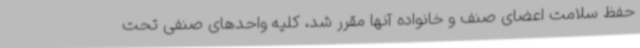
حفظ سلامت اعضای صنف و خانواده آنها مقرر شد، کلیه واحدهای صنفی تحت